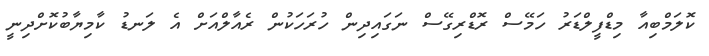
ކޮލަމްބިއާ މިޑްފީލްޑަރު ހަމޭސް ރޮޑްރިގޭސް ނަގައިދިން ހުރަހަކުން ރެއާލްއަށް އެ ލަނޑު ކާމިޔާބުކޮށްދިނީ